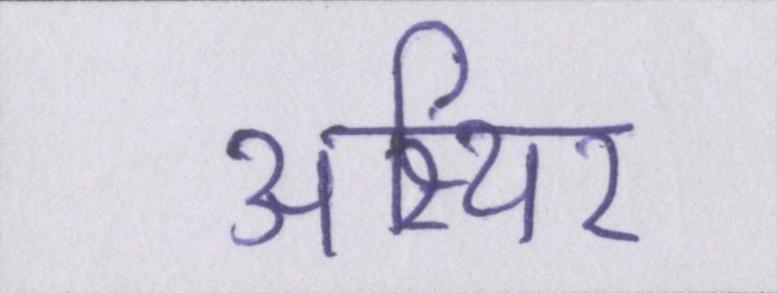
अस्थिर